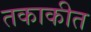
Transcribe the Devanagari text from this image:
तकाकीत